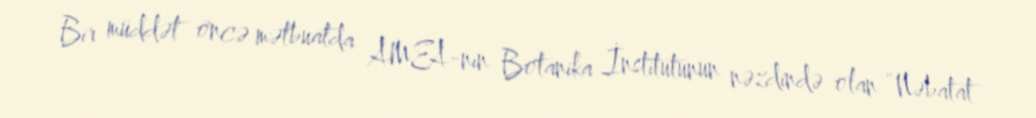
Bir müddət öncə mətbuatda AMEA-nın Botanika İnstitutunun nəzdində olan “Nəbatat